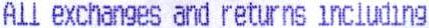
ALL EXCHANGES AND RETURNS INCLUDING